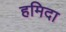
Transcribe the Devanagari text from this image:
हमिदा